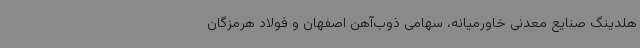
هلدینگ صنایع معدنی خاورمیانه، سهامی ذوب‌آهن اصفهان و فولاد هرمزگان